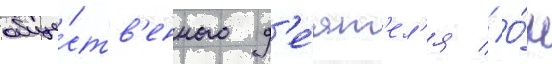
обще́ств'енного д'е́ят'ел'я // О́н